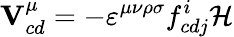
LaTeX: {\mathbf V}_{cd}^{\mu}=-\varepsilon^{\mu\nu\rho\sigma}f_{cdj}^{i}{\cal H}